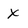
Character: X